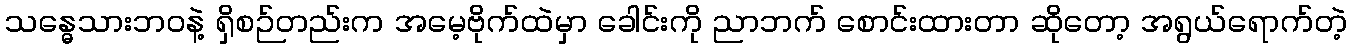
သန္ဓေသားဘဝနဲ့ ရှိစဉ်တည်းက အမေ့ဗိုက်ထဲမှာ ခေါင်းကို ညာဘက် စောင်းထားတာ ဆိုတော့ အရွယ်ရောက်တဲ့